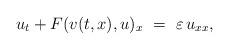
LaTeX: \begin{align*} u_t+ F(v(t,x), u)_x~=~\varepsilon\, u_{xx},\end{align*}